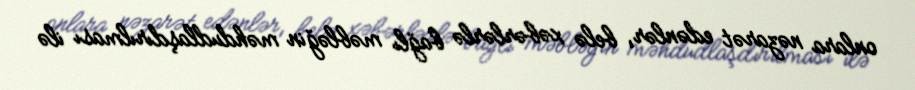
onlara nəzarət edənlər, belə xəbərlərlə bağlı məbləğin məhdudlaşdırılması ilə